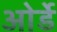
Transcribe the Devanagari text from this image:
ओर्डे